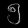
Digit: ၅